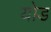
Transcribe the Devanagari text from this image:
योड